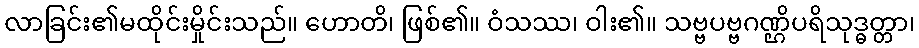
လာခြင်း၏မထိုင်းမှိုင်းသည်။ ဟောတိ၊ ဖြစ်၏။ ဝံသဿ၊ ဝါး၏။ သဗ္ဗပဗ္ဗဂဏ္ဌိပရိသုဒ္ဓတ္တာ၊